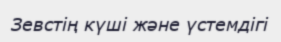
Зевстің күші және үстемдігі